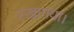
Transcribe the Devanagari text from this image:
रखागया।